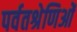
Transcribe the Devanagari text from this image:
पर्वतश्रेणिओं